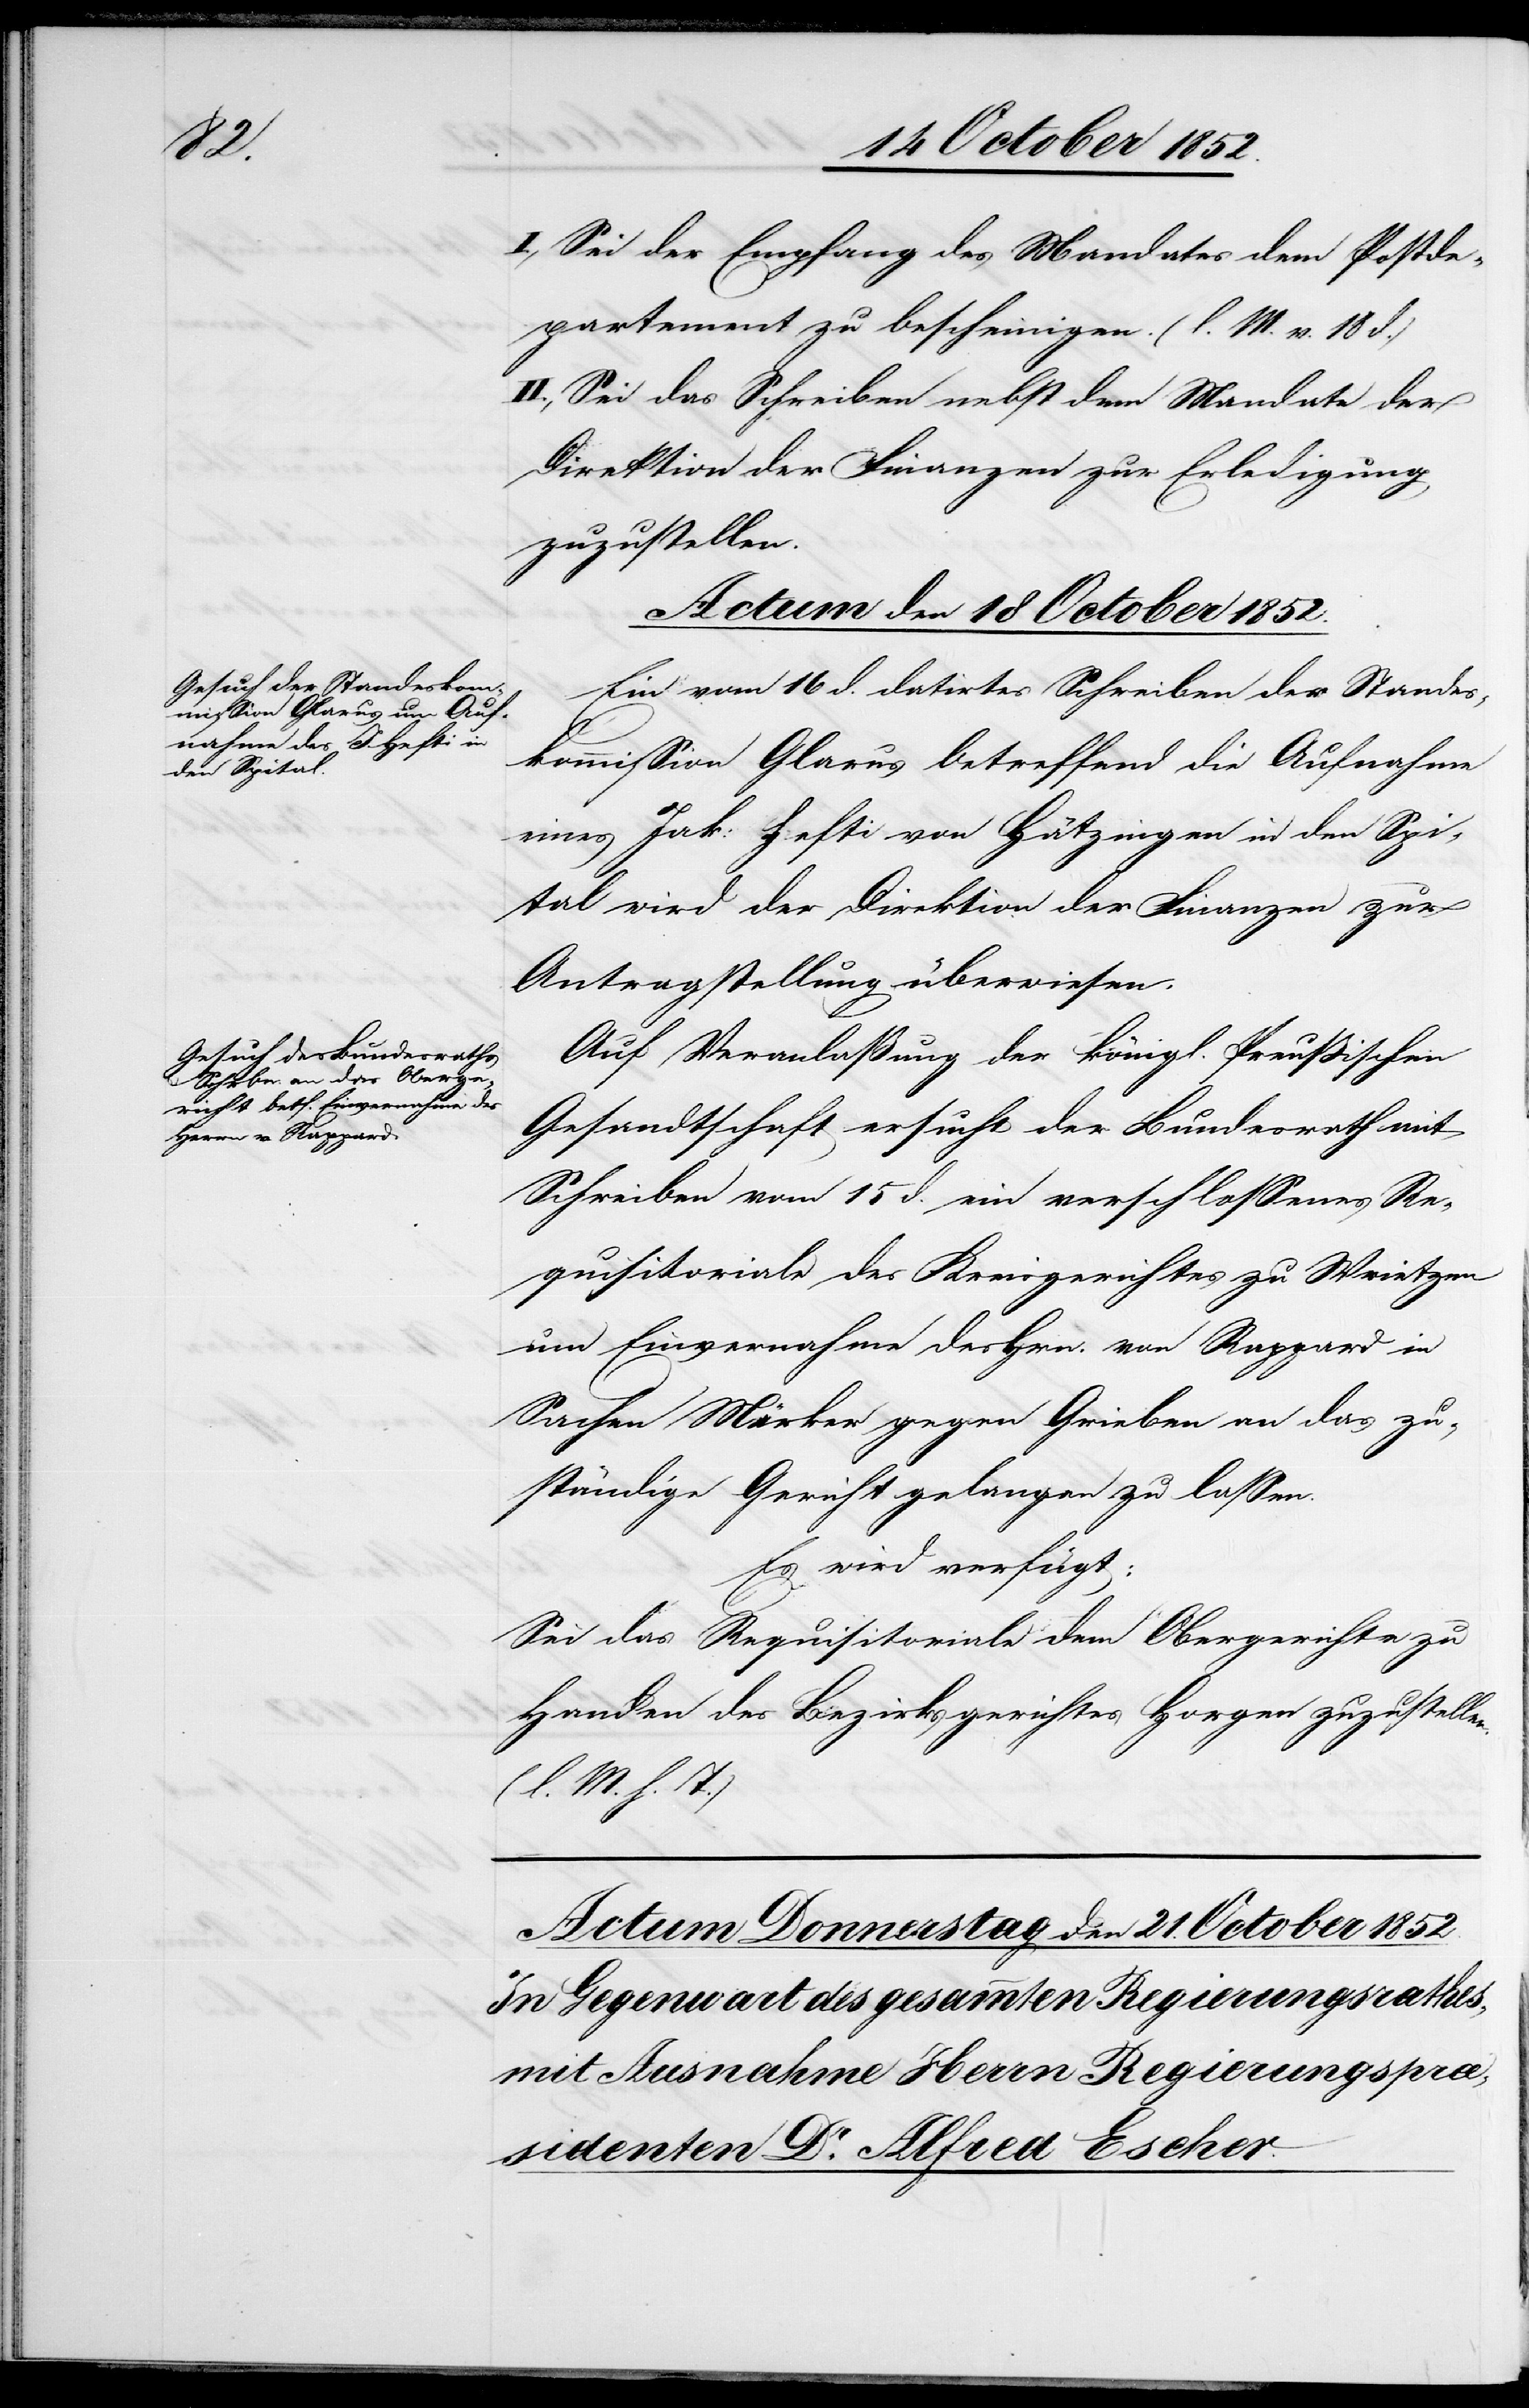
I., Sei der Empfang des Mandates dem Postde¬
partement zu bescheinigen. (l. M. v. 18 d.)
II., Sei das Schreiben nebst dem Mandate der
Direktion der Finanzen zur Erledigung
zuzustellen.
Actum den 18 October 1852.]
Ein vom 16 d. datirtes Schreiben der Standes¬
kommission Glarus betreffend die Aufnahme
eines Jak: Hefti von Hätzingen in den Spi¬
tal wird der Direktion der Finanzen zur
Antragstellung überwiesen.
Auf Veranlaßung der königl. Preußischen
Gesandtschaft ersucht der Bundesrath mit
Schreiben vom 15 d. ein verschlossenes Re¬
quisitoriale des Kreisgerichtes zu Wrietzen
um Einvernahme des Hrn. von Rappard in
Sachen Marker gegen Grieben an das zu¬
ständige Gericht gelangen zu lassen.
Es wird verfügt:
Sei das Requisitoriale dem Obergerichte zu
Handen des Bezirksgerichtes Horgen zuzustellen.
(l. M. h. T.)